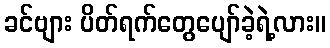
ခင်ဗျား ပိတ်ရက်တွေပျော်ခဲ့ရဲ့လား။